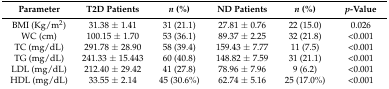
<table><thead><tr><td><b>Parameter </b></td><td><b>T2D Patients</b></td><td><b><i>n</i> (%)</b></td><td><b>ND Patients </b></td><td><b><i>n</i> (%)</b></td><td><b><i>p</i>-Value</b></td></tr></thead><tbody><tr><td>BMI (Kg/m<sup>2</sup>)</td><td>31.38 ± 1.41</td><td>31 (21.1)</td><td>27.81 ± 0.76</td><td>22 (15.0)</td><td>0.026</td></tr><tr><td>WC (cm)</td><td>100.15 ± 1.70</td><td>53 (36.1)</td><td>89.37 ± 2.25</td><td>32 (21.8)</td><td>&lt;0.001</td></tr><tr><td>TC (mg/dL)</td><td>291.78 ± 28.90</td><td>58 (39.4)</td><td>159.43 ± 7.77</td><td>11 (7.5)</td><td>&lt;0.001</td></tr><tr><td>TG (mg/dL)</td><td>241.33 ± 15.443</td><td>60 (40.8)</td><td>148.82 ± 7.59</td><td>31 (21.1)</td><td>&lt;0.001</td></tr><tr><td>LDL (mg/dL)</td><td>212.40 ± 29.42</td><td>41 (27.8)</td><td>78.96 ± 7.96</td><td>9 (6.2)</td><td>&lt;0.001</td></tr><tr><td>HDL (mg/dL)</td><td>33.55 ± 2.14</td><td>45 (30.6%)</td><td>62.74 ± 5.16</td><td>25 (17.0%)</td><td>&lt;0.001</td></tr></tbody></table>